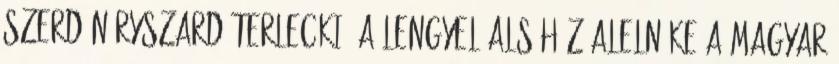
szerdán Ryszard Terlecki, a lengyel alsóház alelnöke a Magyar